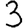
Digit: 3